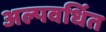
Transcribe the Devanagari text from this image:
अल्पवर्धित